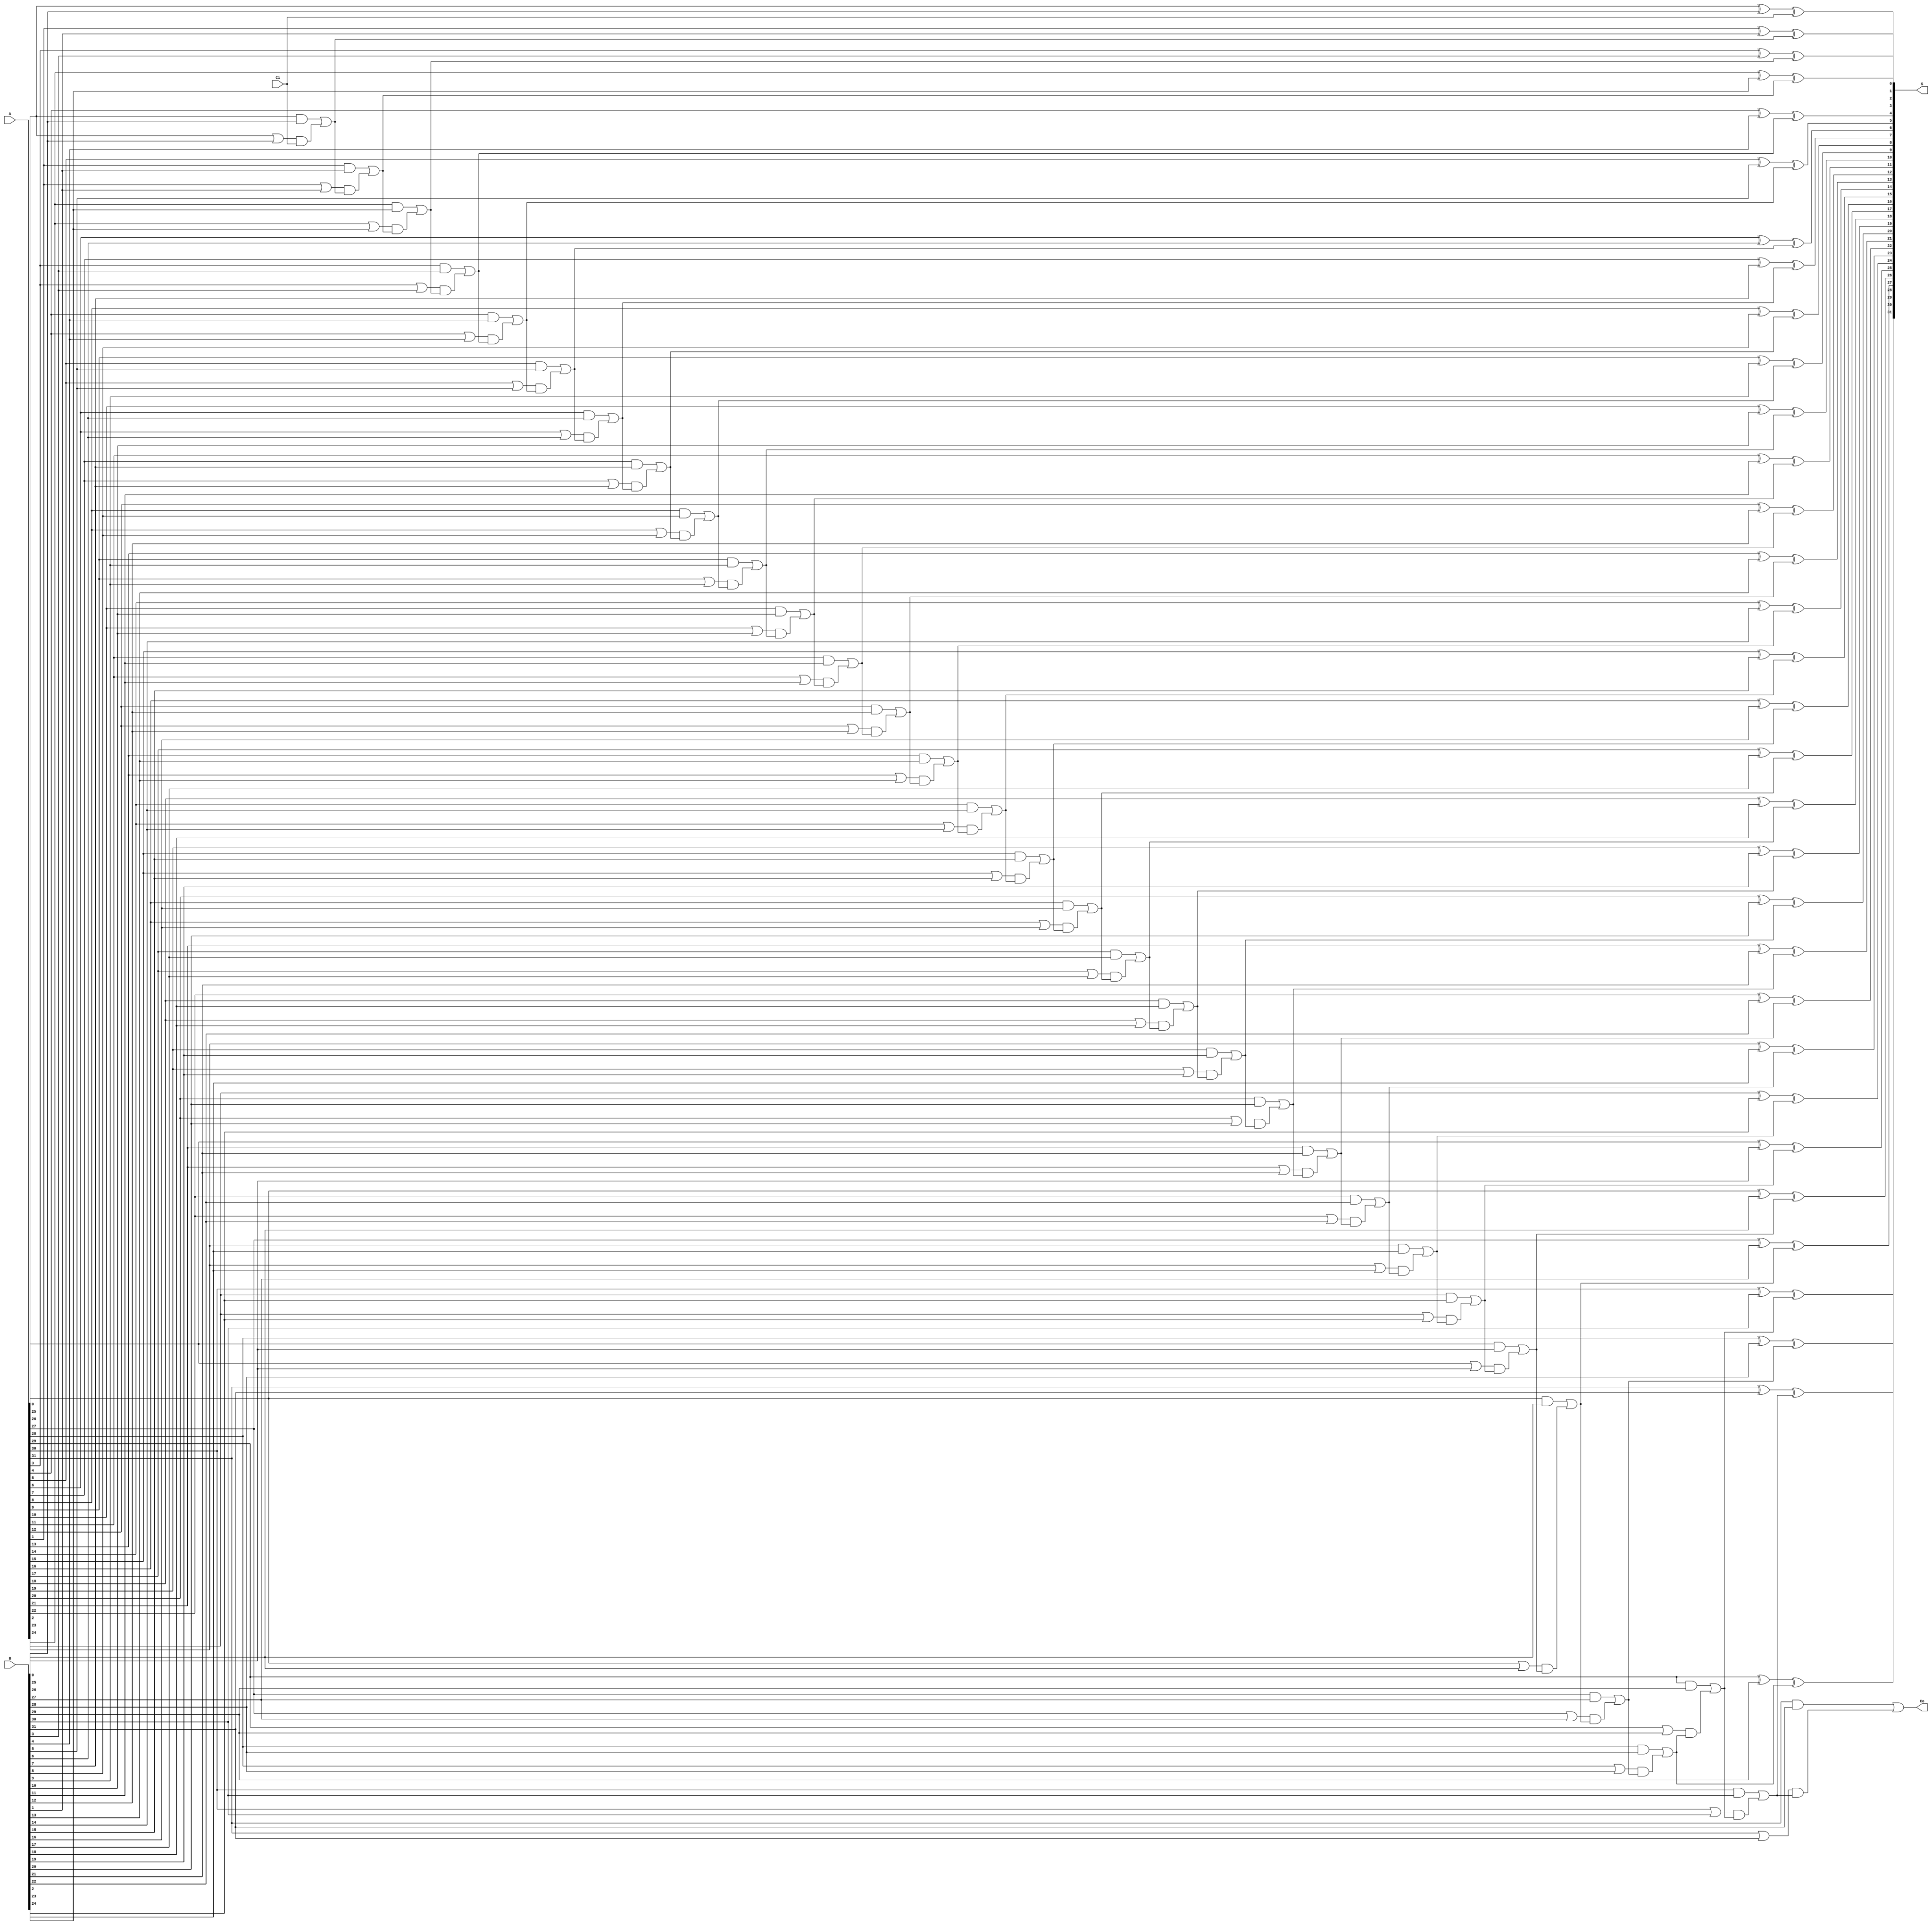
module CLA
#(
    parameter WIDTH = 32
)
(
    input [WIDTH - 1 : 0] A, B,
    input Ci,

    output [WIDTH - 1 : 0] S,
    output Co 
);
    wire [WIDTH - 1 : 0] G; // Generate
    wire [WIDTH - 1 : 0] P; // Propagate
    wire [WIDTH : 0] C_tmp;

    genvar i, j;
    generate
        assign C_tmp[0] = Ci;

        for(j = 0; j < WIDTH; j = j + 1) begin: carry_generator
            assign G[j] = A[j] & B[j];
            assign P[j] = A[j] | B[j];
            assign C_tmp[j + 1] = G[j] | P[j] & C_tmp[j];
        end

        assign Co = C_tmp[WIDTH];

        for( i = 0; i < WIDTH; i = i + 1) begin: Sum_without_Carry
            assign S[i] = A[i] ^ B[i] ^ C_tmp[i];
        end
    endgenerate
endmodule